Scientific memoirs by medical officers of the Army of India - Part X,
Year: 1897
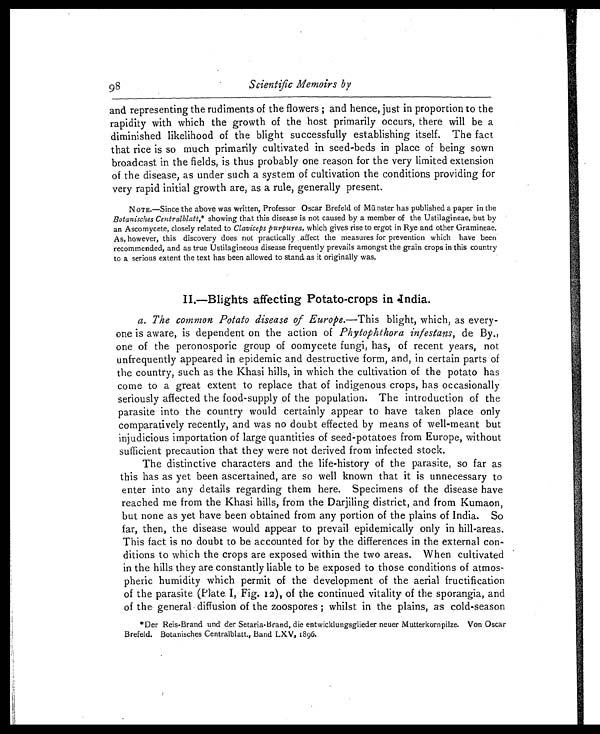
98
Scientific Memoirs by
and representing the rudiments of the flowers ; and hence, just in proportion to the
rapidity with which the growth of the host primarily occurs, there will be a
diminished likelihood of the blight successfully establishing itself. The fact
that rice is so much primarily cultivated in seed-beds in place of being sown
broadcast in the fields, is thus probably one reason for the very limited extension
of the disease, as under such a system of cultivation the conditions providing for
very rapid initial growth are, as a rule, generally present.
NOTE.—Since the above was written, Professor Oscar Brefeld of Munster has published a paper in the
Botanisches Centralblatt, * showing that this disease is not caused by a member of the Ustilagineae, but by
an Ascomycete, closely related to Claviceps purpurea, which gives rise to ergot in Rye and other Gramineae.
As, however, this discovery does not practically affect the measures for prevention which have been
recommended, and as true Ustilagineous disease frequently prevails amongst the grain crops in this country
to a serious extent the text has been allowed to stand as it originally was.
II.—Blights affecting Potato-crops in India.
a. The common Potato disease of Europe.—This blight, which, as every
-
one is aware, is dependent on the action of Phytophthora infestans, de By
one of the peronosporic group of oomycete fungi, has, of recent years, not
unfrequently appeared in epidemic and destructive form, and, in certain parts of
the country, such as the Khasi hills, in which the cultivation of the potato has
come to a great extent to replace that of indigenous crops, has occasionally
seriously affected the food-supply of the population. The introduction of the
parasite into the country would certainly appear to have taken place only
comparatively recently, and was no doubt effected by means of well-meant but
injudicious importation of large quantities of seed-potatoes from Europe, without
sufficient precaution that they were not derived from infected stock.
The distinctive characters and the life-history of the parasite, so far as
this has as yet been ascertained, are so well known that it is unnecessary to
enter into any details regarding them here. Specimens of the disease have
reached me from the Khasi hills, from the Darjiling district, and from Kumaon,
but none as yet have been obtained from any portion of the plains of India. So
far, then, the disease would appear to prevail epidemically only in hill-areas.
This fact is no doubt to be accounted for by the differences in the external con
-
ditions to which the crops are exposed within the two areas. When cultivated
in the hills they are constantly liable to be exposed to those conditions of atmos
-
pheric humidity which permit of the development of the aerial fructification
of the parasite. (Plate. I, Fig. 12), of the continued vitality of the sporangia, and
of the general diffusion of the zoospores ; whilst in the plains, as cold-season
*'Der Reis-Brand and der Setaria-Brand, die entwicklungsglieder neuer Mutterkornpilze. Von Oscar
Brefeld. Botanisches Centralblatt., Band LX V, 1896.